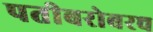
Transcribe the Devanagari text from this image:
पतीबरोबरच